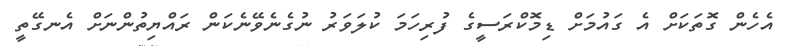
އެހެން ގޮތަކަށް އެ ގައުމަށް ޑިމޮކްރަސީގެ ފުރިހަމަ ކުލަވަރު ނުގެނެވޭނެކަން ރައްޔިތުންނަށް އެނގޭތީ